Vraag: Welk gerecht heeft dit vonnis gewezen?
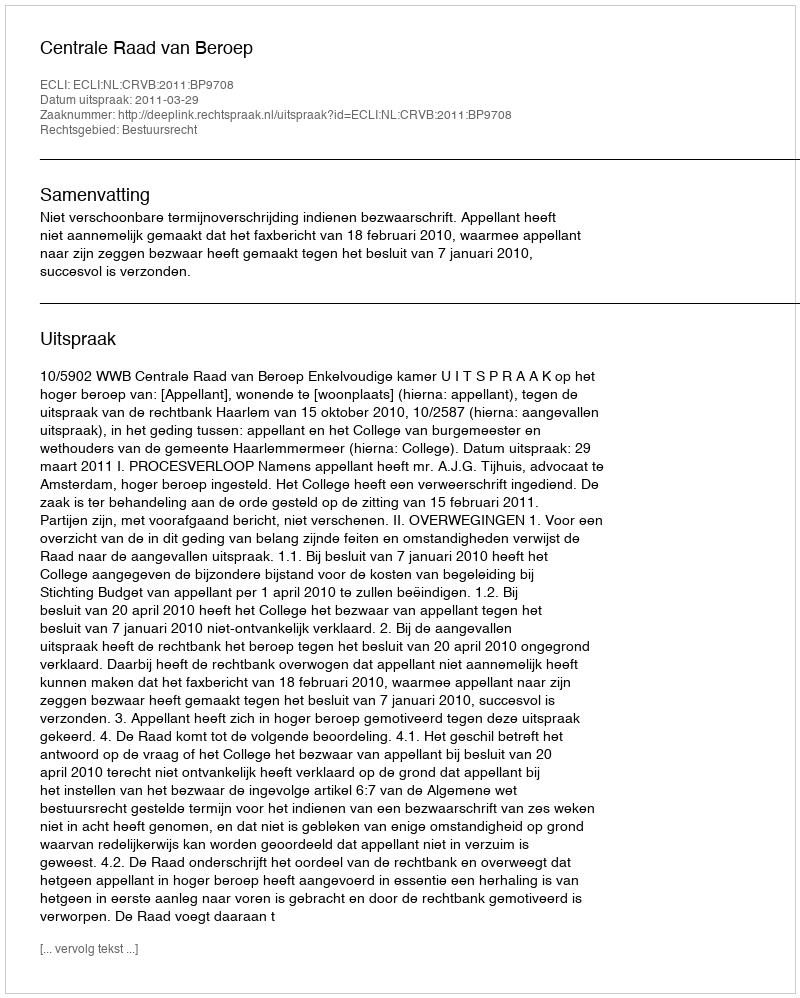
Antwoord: Centrale Raad van Beroep